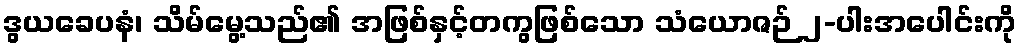
ဒွယခေပနံ၊ သိမ်မွေ့သည်၏ အဖြစ်နှင့်တကွဖြစ်သော သံယောဇဉ် ၂-ပါးအပေါင်းကို